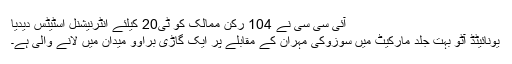
آئی سی سی نے 104 رکن ممالک کو ٹی20 کیلئے انٹرنیشنل اسٹیٹس دیدیا
یونائیٹڈ آٹو بہت جلد مارکیٹ میں سوزوکی مہران کے مقابلے پر ایک گاڑی براوو میدان میں لانے والی ہے۔